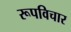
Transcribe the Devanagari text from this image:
रूपविचार